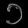
Digit: ၁